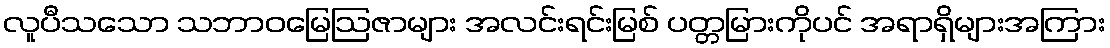
လူပီသသော သဘာဝမြေဩဇာများ အလင်းရင်းမြစ် ပတ္တမြားကိုပင် အရာရှိများအကြား